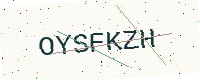
Text: OYSFKZH